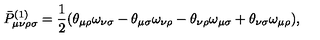
\bar { P } _ { \mu \nu \rho \sigma } ^ { ( 1 ) } = \frac { 1 } { 2 } ( \theta _ { \mu \rho } \omega _ { \nu \sigma } - \theta _ { \mu \sigma } \omega _ { \nu \rho } - \theta _ { \nu \rho } \omega _ { \mu \sigma } + \theta _ { \nu \sigma } \omega _ { \mu \rho } ) ,